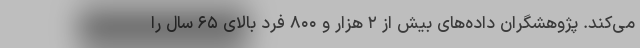
می‌کند. پژوهشگران داده‌های بیش از ۲ هزار و ۸۰۰ فرد بالای ۶۵ سال را